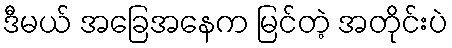
ဒီမယ် အခြေအနေက မြင်တဲ့ အတိုင်းပဲ